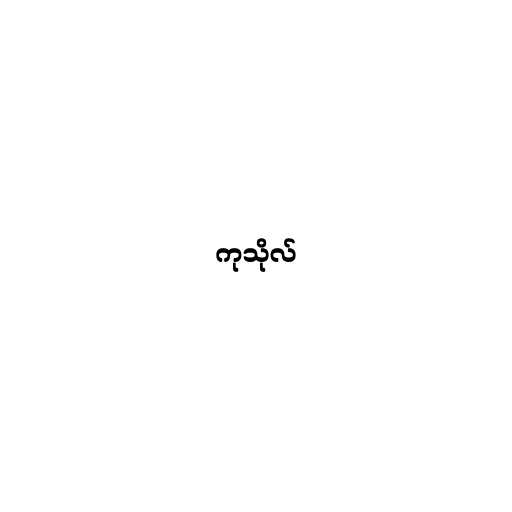
ကုသိုလ်